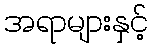
အရာများနှင့်